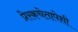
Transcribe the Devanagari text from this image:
प्रेरकचेतापेशी